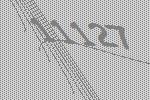
11127